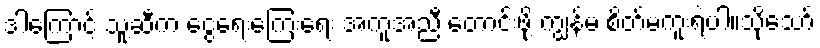
ဒါကြောင့် သူ့ဆီက ငွေရေးကြေးရေး အကူအညီ တောင်းဖို့ ကျွန်မ စိတ်မကူးရဲပါ။သို့သော်